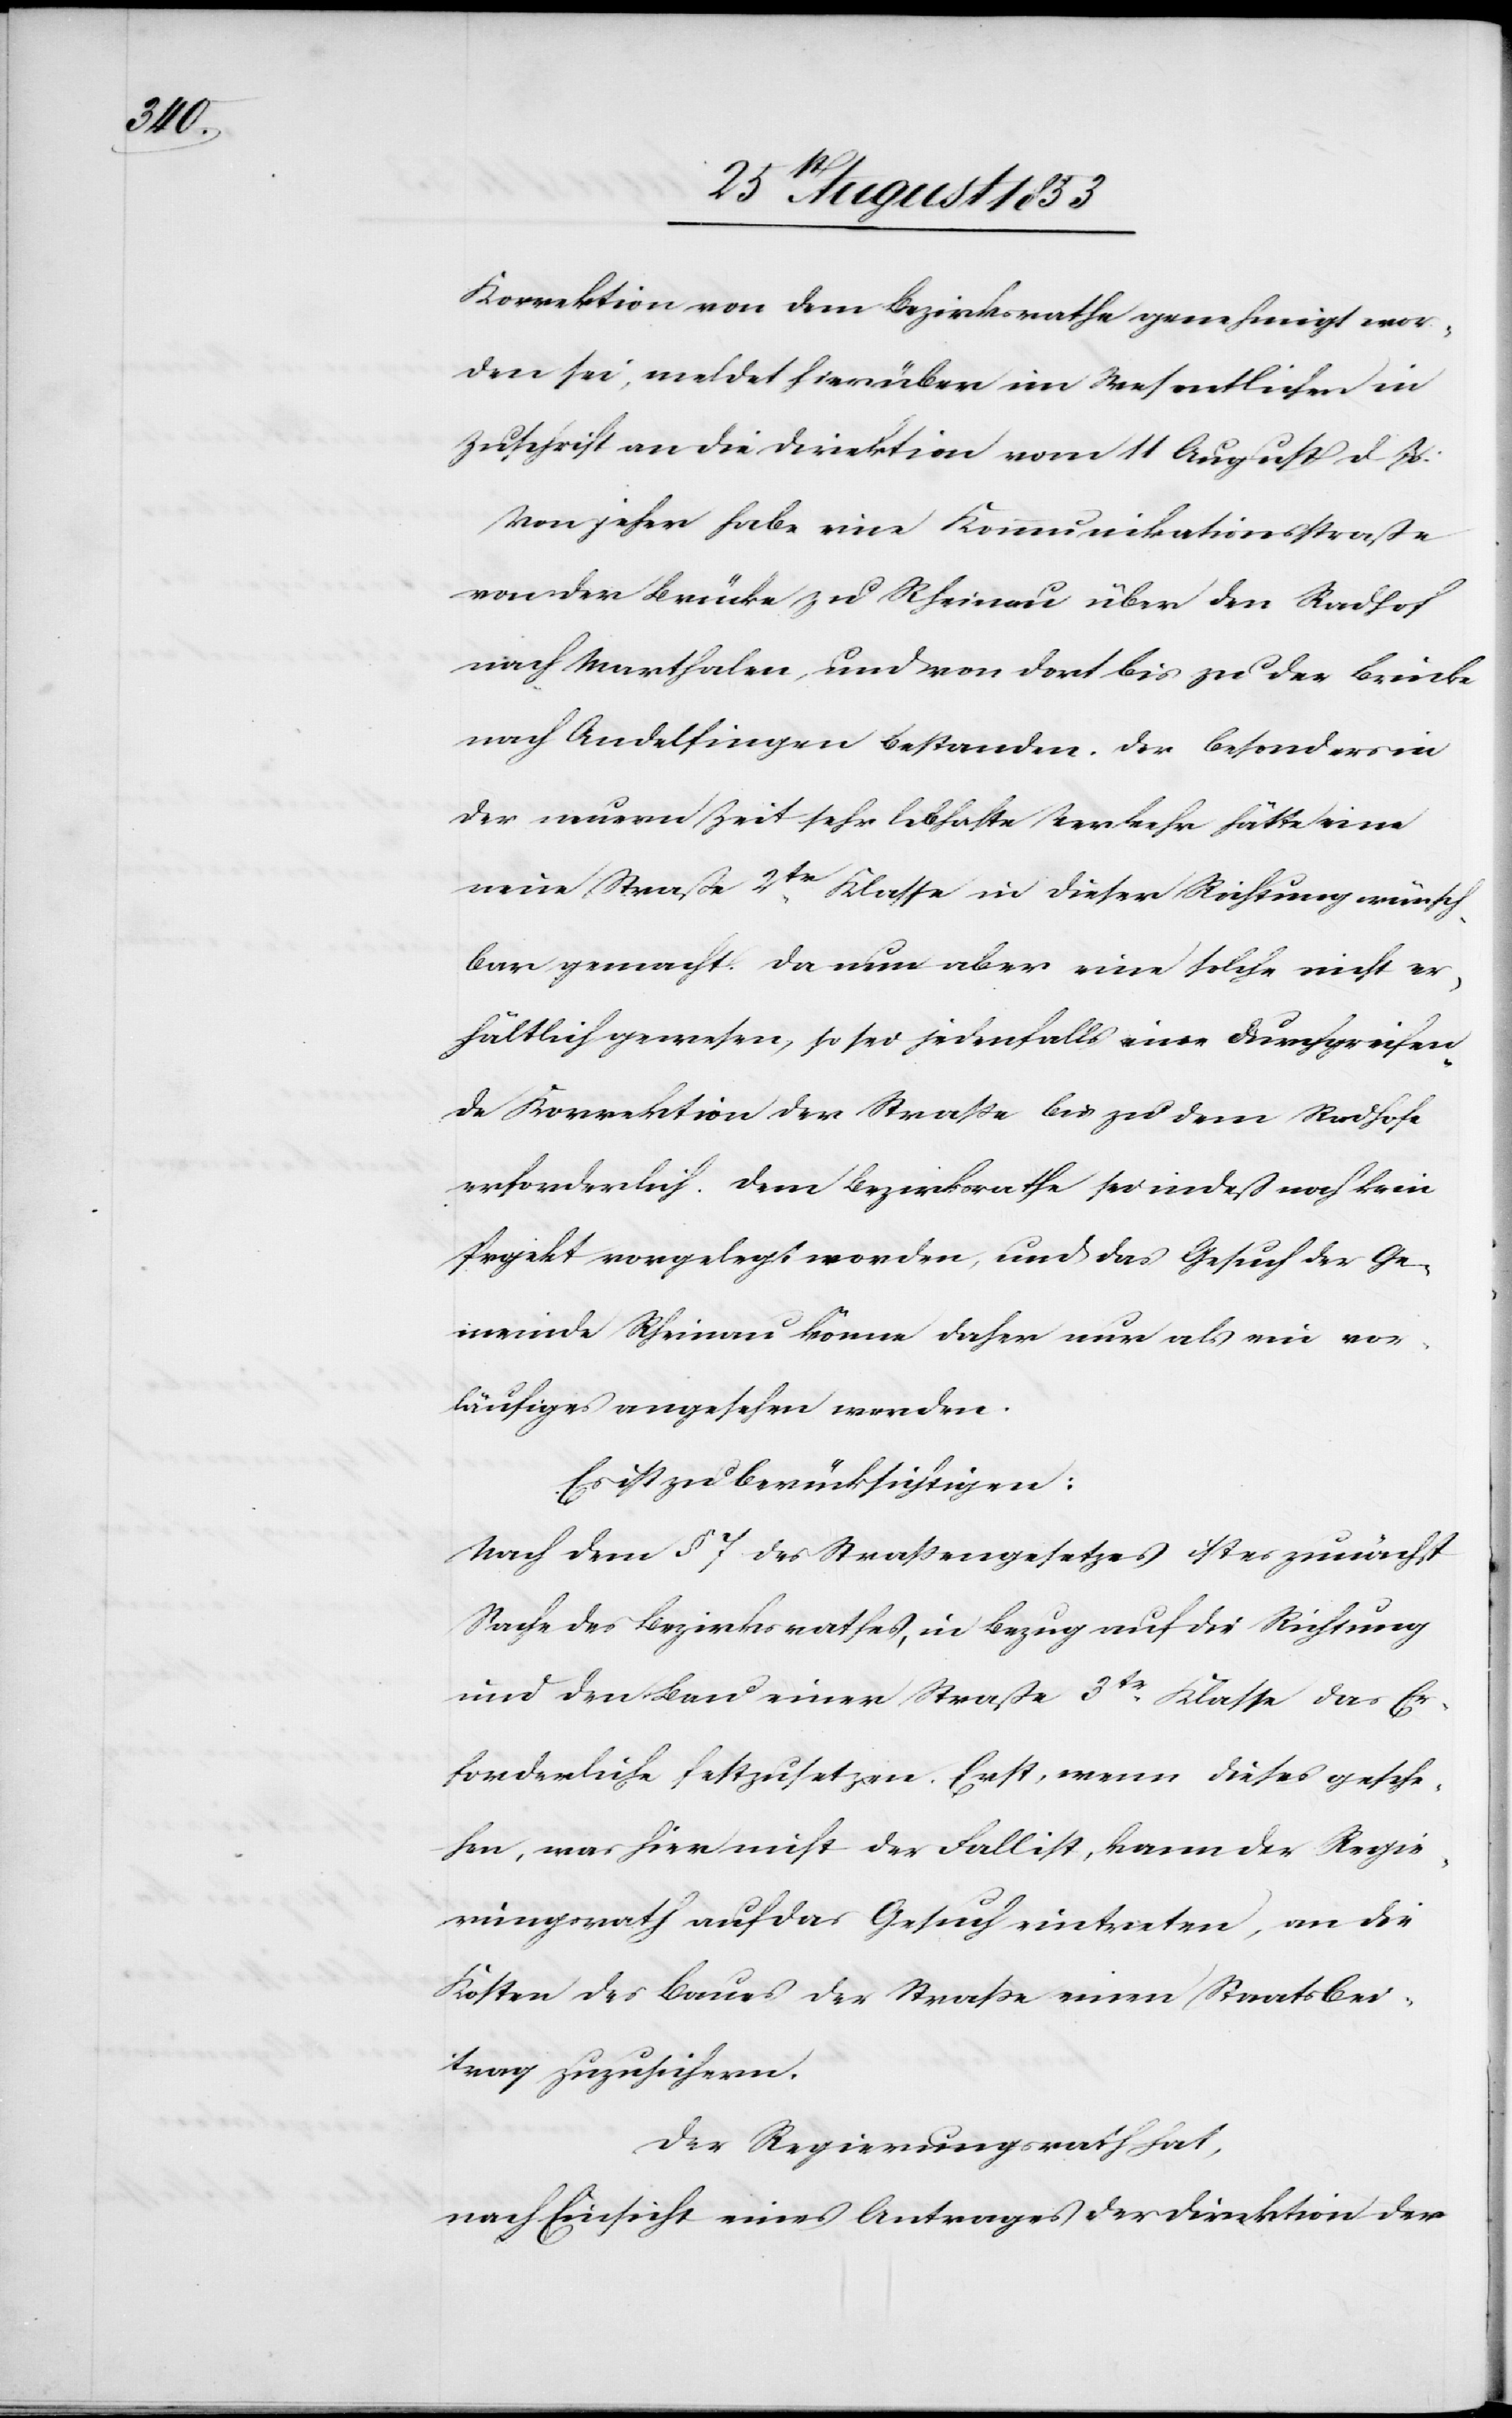
Korrektion von dem Bezirksrathe genehmigt wor¬
den sei, meldet hierüber im Wesentlichen in
Zuschrift an die Direktion vom 11 August d. Js.:
Von jeher habe eine Kommunikationsstraße
von der Brücke zu Rheinau über den Radhof
nach Marthalen und von dort bis zu der Brücke
nach Andelfingen bestanden. Der besonders in
der neuern Zeit sehr lebhafte Verkehr hätte eine
neue Straße 2tr Klasse in dieser Richtung wünsch¬
bar gemacht. Da nun aber eine solche nicht er¬
hältlich gewesen, so sei jedenfalls eine durchgreifen¬
de Korrektion der Straße bis zu dem Radhofe
erforderlich. Dem Bezirksrathe sei indeß noch kein
Projekt vorgelegt worden, und das Gesuch der Ge¬
meinde Rheinau könne daher nur als ein vor¬
läufiges angesehen werden.
Es ist zu berücksichtigen:
Nach dem § 7 des Straßengesetzes ist es zunächst
Sache des Bezirksrathes, in Bezug auf die Richtung
und den Bau einer Straße 3tr Klasse das Er¬
forderliche festzusetzen. Erst, wenn dieses gesche¬
hen, was hier nicht der Fall ist, kann der Regie¬
rungsrath auf das Gesuch eintreten, an die
Kosten des Baues der Straße einen Staatsbei¬
trag zuzusichern.
Der Regierungsrath hat,
nach Einsicht eines Antrages der Direktion der